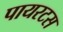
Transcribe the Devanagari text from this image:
पायरटस